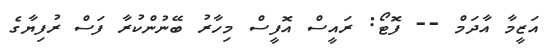
އަޒީމާ އާދަމް -- ފޮޓޯ: ރައީސް އޮފީސް މިހާރު ބޭނުންކުރާ ފަސް ރުފިޔާގެ